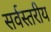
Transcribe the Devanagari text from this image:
सर्वस्तरीय